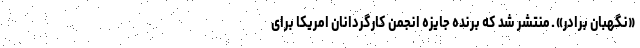
«نگهبان برادر» ـ منتشر شد که برنده جایزه انجمن کارگردانان امریکا برای